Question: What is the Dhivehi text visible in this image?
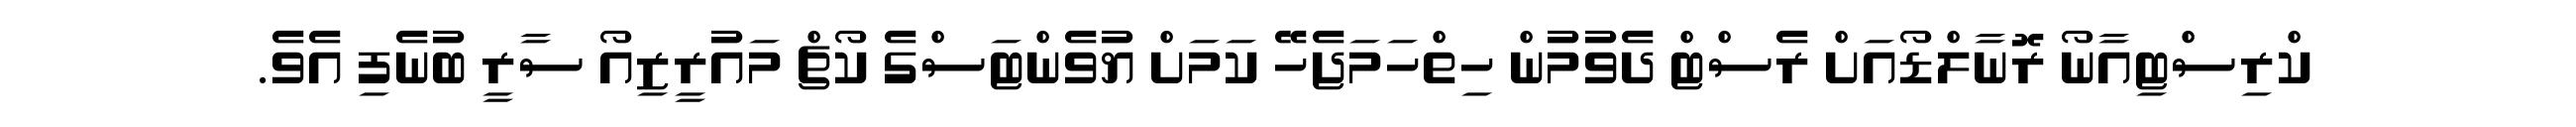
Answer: ކްރިސްޓިއާނޯ ރޮނާލްޑޯއަށް ރެސްޓް ދެވުމުން ހިތްހަމަޖެހޭ ކަމަށް ޔުވެންޓަސްގެ ކޯޗް މައުރީޒިއޯ ސާރީ ބުނެފި އެވެ.